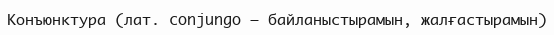
Конъюнктура (лат. conjungo – байланыстырамын, жалғастырамын)